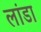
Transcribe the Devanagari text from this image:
लांडा